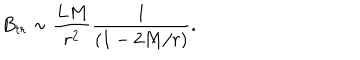
B _ { t r } \sim \frac { L M } { r ^ { 2 } } \frac { 1 } { ( 1 - 2 M / r ) } .